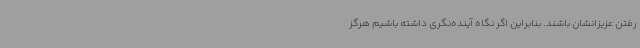
رفتن عزیزانشان باشند. بنابراین اگر نگاه آینده‌نگری داشته باشیم هرگز